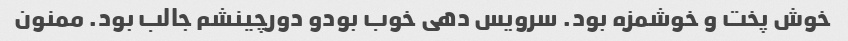
خوش پخت و خوشمزه بود. سرویس دهی خوب بودو دورچینشم جالب بود. ممنون